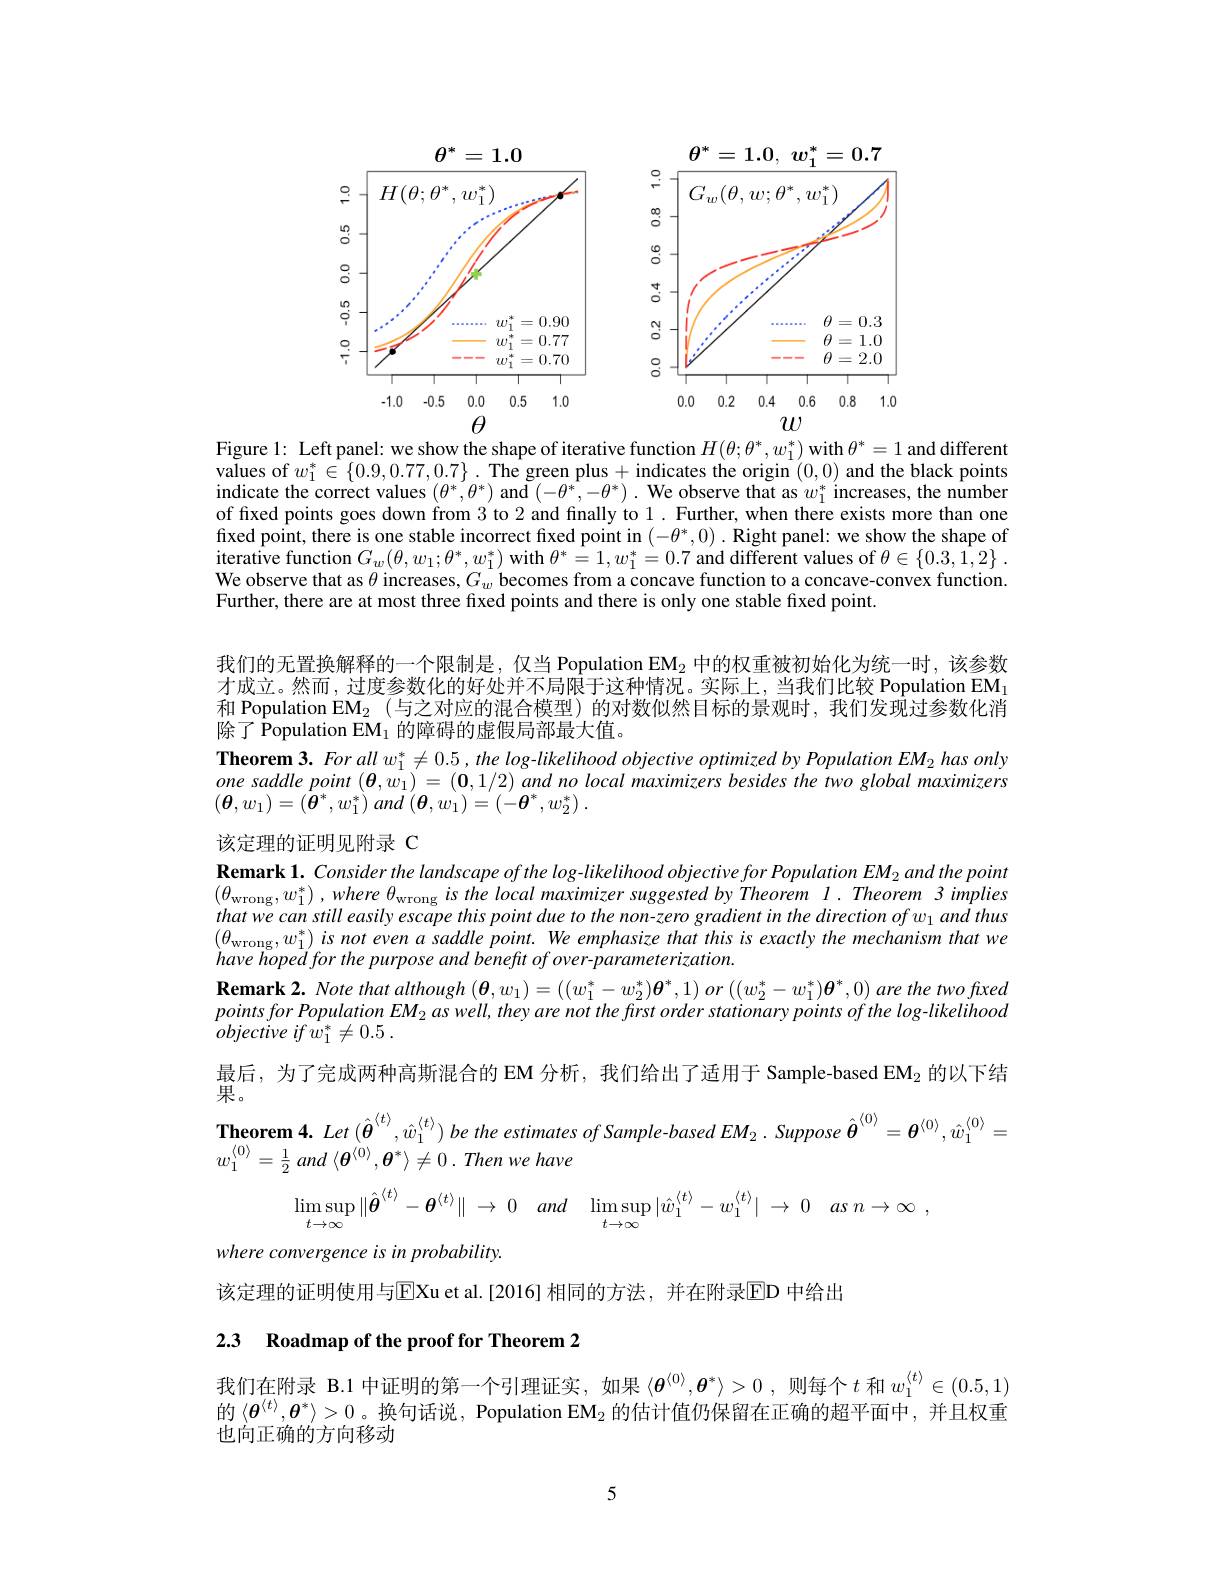
<FigureHere>

Figure 1: Left panel: we show the shape of iterative function $H(\theta;\theta^*,w_1^*)$ with $\theta^*=1$ and different values of $w_1^*\in\{0.9,0.77,0.7\}.$ The green plus+indicates the origin (0,0) and the black points indicate the correct values $( \theta ^{* }, \theta ^{* })$ and $( - \theta ^{* }, - \theta ^{* }) .$ We observe that as $w_{1}^{* }$ increases, the number indicate the correct values $( \theta ^{* }, \theta ^{* })$ and $( - \theta ^{* }, - \theta ^{* }) .$ We observe that as $w_{1}^*$ increases, the number of fixed points goes down from 3 to 2 and finally to 1. Further, when there exists more than one fixed point, there is one stable incorrect fixed point in $(-\theta^*,0).$ Right panel: we show the shape of iterative function $G_{w}( \theta , w_{1}; \theta ^{* }, w_{1}^{* })$ with $\theta ^{* }= 1, w_{1}^{* }= 0. 7$ and different values of $\theta \in \{ 0. 3, 1, 2\}$ . We observe that as $\theta$ increases, $G_w$ becomes from a concave function to a concave-convex function Further, there are at most three fixed points and there is only one stable fixed point.

我们的无置换解释的一个限制是，仅当 Population EM$_2$中的权重被初始化为统一时，该参数才成立。然而，过度参数化的好处并不局限于这种情况。实际上，当我们比较 Population EM$_{1}$ 和 Population EM$_2$ (与之对应的混合模型) 的对数似然目标的景观时，我们发现过参数化消除了 Population EM$_1$的障碍的虚假局部最大值。
Theorem 3. For all $w_1^*\neq0.5$, the log-likelihood objective optimized by Population EM $_2$ has only one saddle point $(\boldsymbol{\theta},\dot{w}_1)=(\mathbf{0},1/2)$ and no local maximizers besides the two global maximizers $( \boldsymbol{\theta }, w_{1}) = ( \boldsymbol{\theta }^{* }, w_{1}^{* })$ and $( \boldsymbol{\theta }, w_{1}) = ( - \boldsymbol{\theta }^{* }, w_{2}^{* })$ .

## 该定理的证明见附录 C

$\textbf{Remark 1. Consider the landscape of the log-likelihood objective for Population EM}_{2}$ and the point $( \theta _{\mathrm{wrong}}, w_{1}^{* })$ $, where$ $\theta _{\mathrm{wrong}}$ $is$ the local maximizer suggested $by$ Theorem $l. Theorem$ 3 implies $thatwecanstilleasilyescapethispointduetothenon-zerogradientinthedirectionofw_1andthus$ $( \theta _{\mathrm{wrong}}, w_{1}^{* }) is\textit{not even a saddle point. We emphasize that this is exactly the mechanism that we}$ have hoped for the purpose and benefit of over- parameterization
$\textbf{Remark 2. Note that although }( \boldsymbol{\theta }, w_{1}) = \left ( ( w_{1}^{* }- w_{2}^{* }) \boldsymbol{\theta }^{* }, 1\right ) or\left ( ( w_{2}^{* }- w_{1}^{* }) \boldsymbol{\theta }^{* }, 0\right ) are$ the two fxed $pointsfor\textit{Population EM}_{2}aswell,they are not the first order stationary points of the log-likelihood$ $objective\textit{ if w}_{1}^{* }\neq 0. 5$ .
最后，为了完成两种高斯混合的 EM 分析，我们给出了适用于 Sample-based EM_2 的以下结
果。
Theorem 4. Let $(\hat{\boldsymbol{\theta}}^{\langle t\rangle},\hat{w}_{1}^{\langle t\rangle})$ be the estimates of Sample-based EM_{2}. Suppose $\hat{\boldsymbol{\theta}}^{\langle0\rangle}=\boldsymbol{\theta}^{\langle0\rangle},\hat{w}_{1}^{\langle0\rangle}=$
$w_{1}^{\langle 0\rangle }= \frac 12$ and $\langle \boldsymbol{\theta }^{\langle 0\rangle }, \boldsymbol{\theta }^{* }\rangle \neq 0$ . Then $we$ have
$$\lim_{t\to\infty}\sup\|\hat{\boldsymbol{\theta}}^{\langle t\rangle}-\boldsymbol{\theta}^{\langle t\rangle}\|\:\to\:0\quad and\quad\lim_{t\to\infty}\sup|\hat{w}_{1}^{\langle t\rangle}-w_{1}^{\langle t\rangle}|\:\to\:0\quad as\:n\to\infty\:,$$
where convergence is in probability.
该定理的证明使用与$\overline{\mathrm{E}}$Xu et al.[2016] 相同的方法，并在附录$\overline{\mathrm{ED}}$ 中给出

## 2.3 Roadmap of the proof for Theorem 2

我们在附录 B.1 中证明的第一个引理证实，如果$\langle\boldsymbol{\theta}^{\langle0\rangle},\boldsymbol{\theta}^*\rangle>0$,则每个$t$和$w_1^{\langle t\rangle}\in(0.5,1)$ 的$\langle\boldsymbol{\theta}^{\langle t\rangle},\boldsymbol{\theta}^*\rangle>0$。换句话说，Population EM$_2$的估计值仍保留在正确的超平面中，并且权重也向正确的方向移动

5